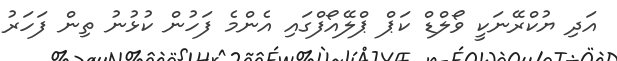
އަދި ޔުކްރޭނަކީ ވޯލްޑް ކަޕް ޕްލޭއޯފްގައި އެންމެ ފަހުން ކުޅުނު ތިން ފަހަރު